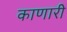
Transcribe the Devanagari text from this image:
काणारी